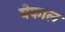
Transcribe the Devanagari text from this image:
बेकाल